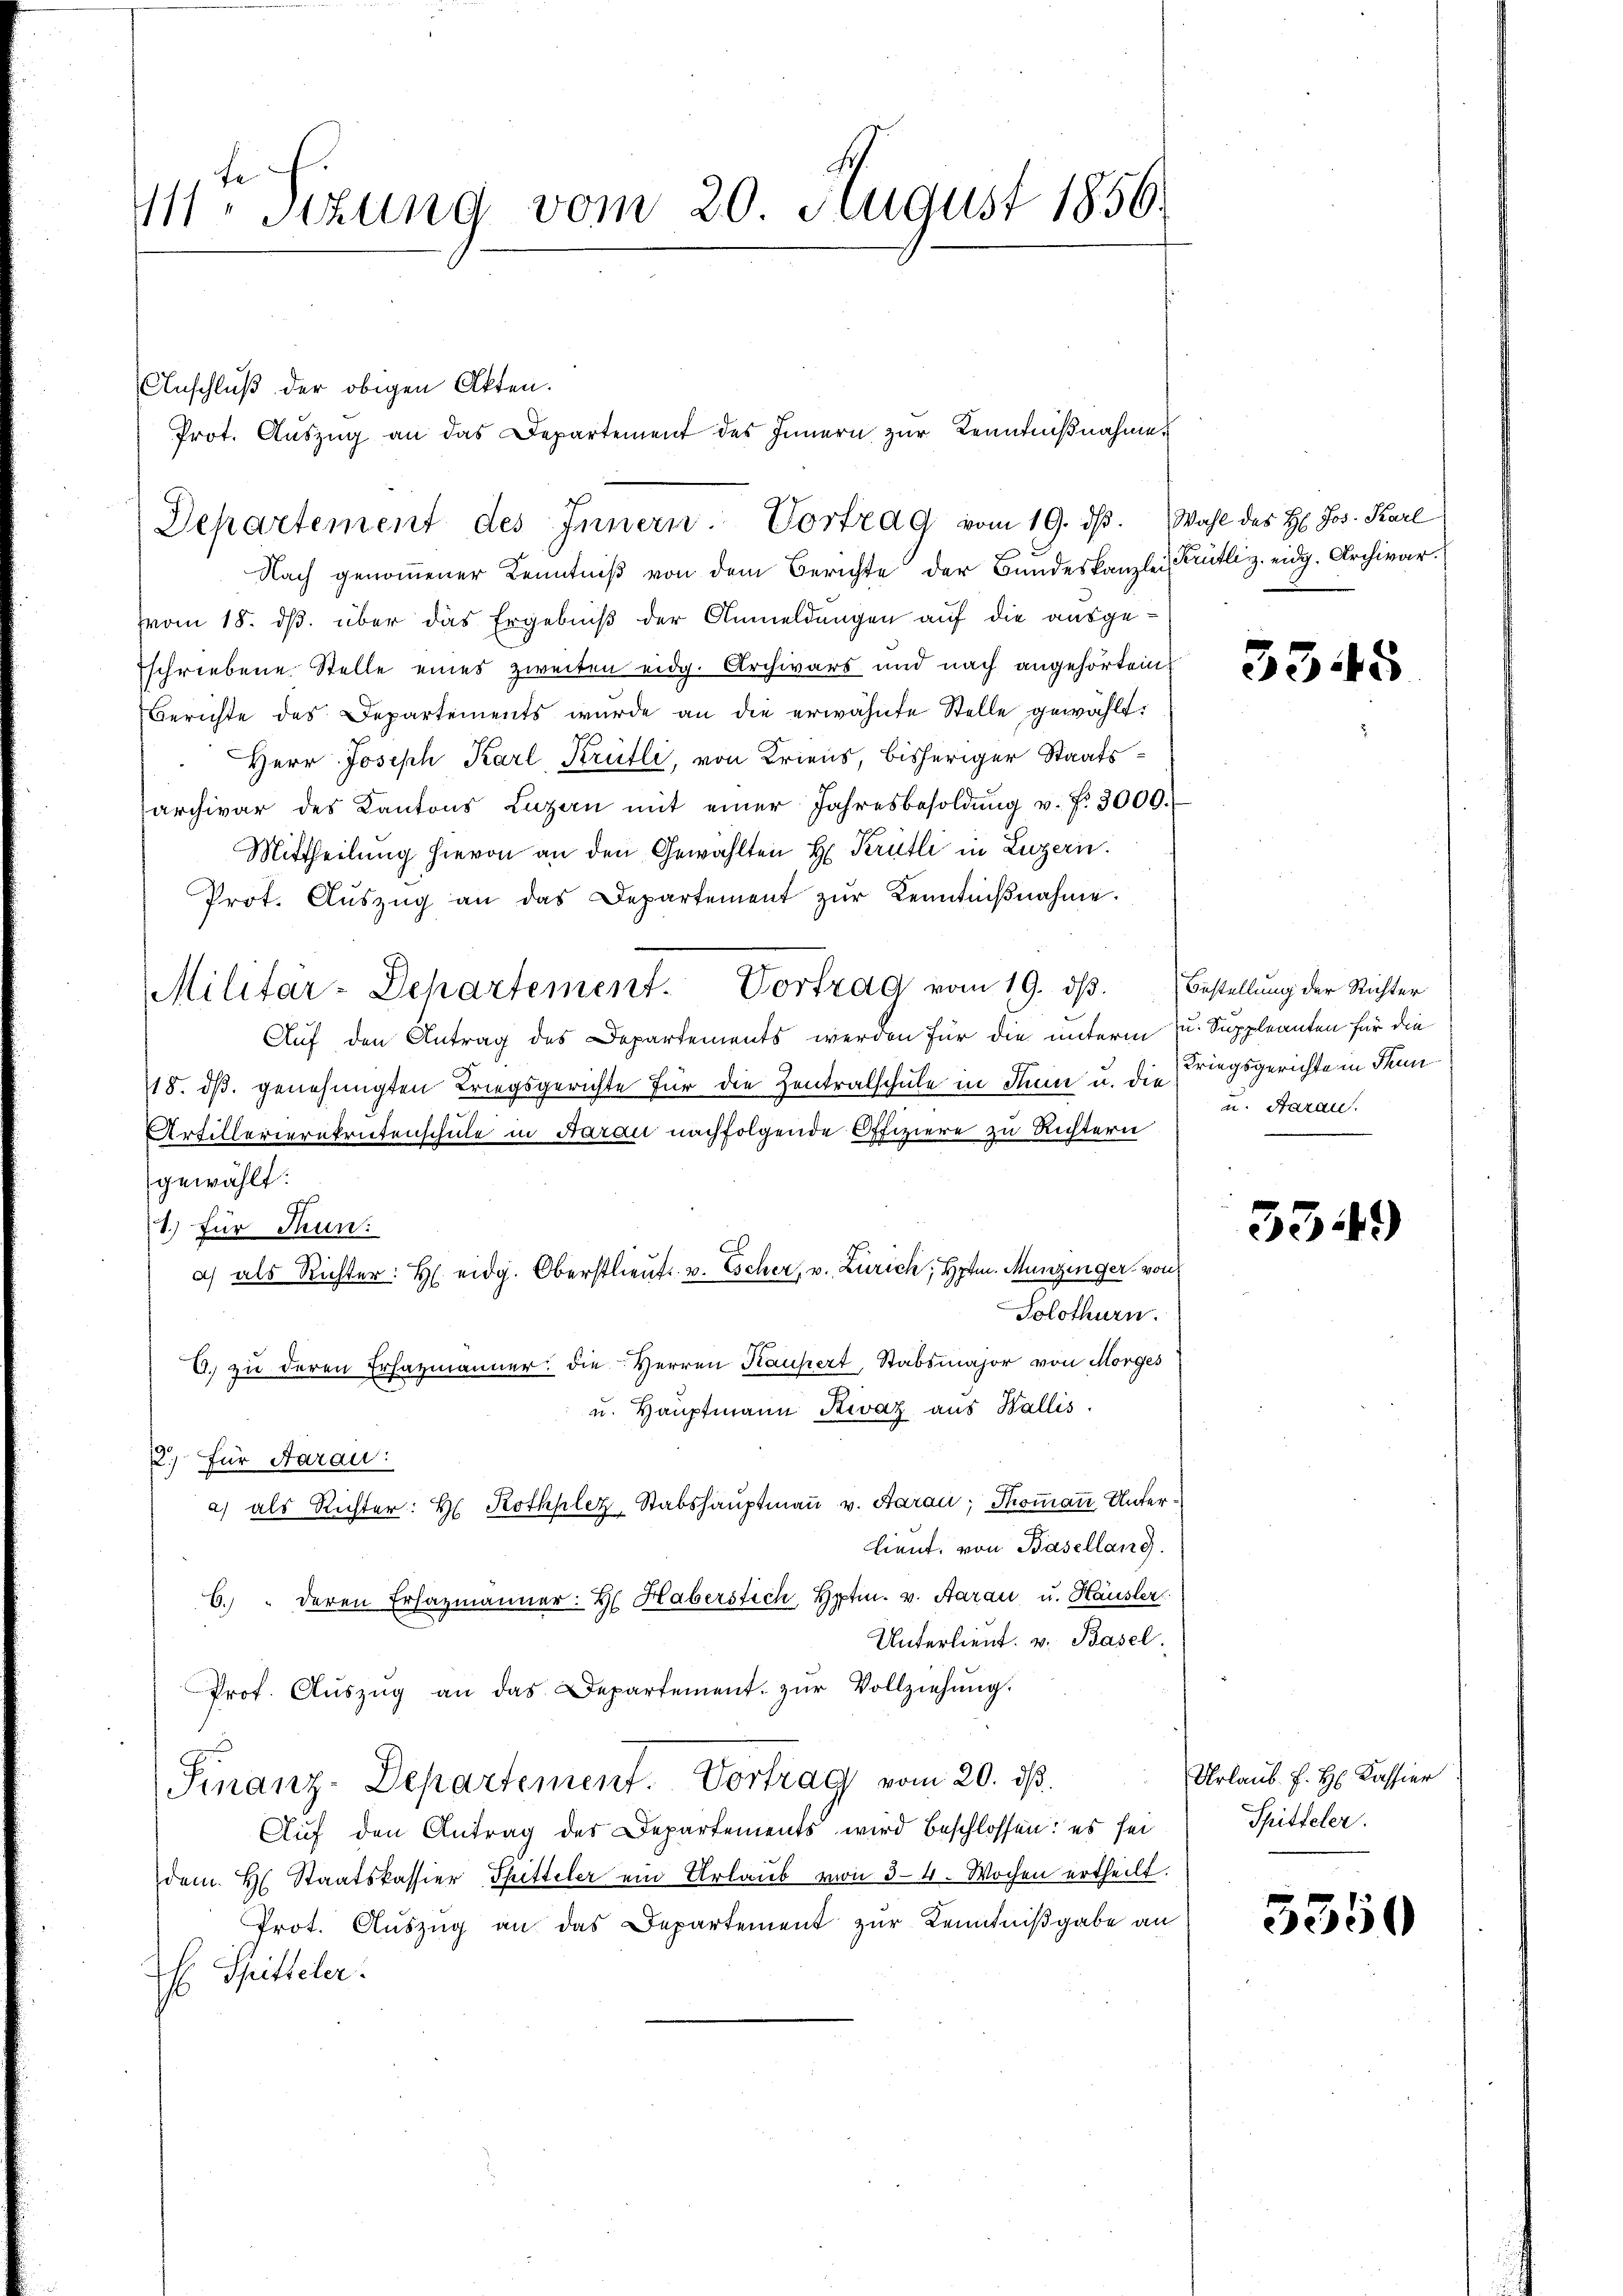
11ten Sizung vom 20. August 1856.

Anschluß der obigen Akten.
Nach genommener Kenntniß von dem Berichte der Bundeskanzlei Krütliz. eidg. Archivar.
vom 18. ds. über das Ergebniß der Anmeldungen auf die ausgesschriebene Stelle eines zweiten eidg. Archivars und nach angehörten
Berichte des Departements wurde an die erwähnte Stelle gewählt:
Herr Joseph Karl Krütli, von Kriens, bisheriger Staatsarchivar des Kantons Luzern mit einer Jahresbesoldŭng v. f. 3000.
Mittheilung hievon an den Gewählten H. Krütli in Luzern.
Prot. Aŭszŭg an das Departement zŭr Kenntniβnahme.
Militar-Departement. Vortrag vom 19. dβ.
Auf den Antrag des Departements werden für die unterm u. Suppleanten für die
18. dβ. genehmigten Kriegsgerichte für die Zentralschule in Stum u. die Kriegsgerichte in denn
Artillerierekrutenschule in Aarau nachfolgende Offiziere zu Richtern
gewählt:
1.) für Thun:
a) als Richter: H. eidg. Oberstlieut. v. Escher, v. Zürich; Hptm. Munzinger, von
Solothurn.
6. zu deren Erfazmänner die Herren Kaufert, Stabsmajor von Morges
u. Hauptmann Swaz aus Wallis.
2.) Für Aarau:
a) als Richter: H. Rothplez, Stabshauptmaṅ v. Aarau, Thoman Unterlieut. von Basellang.
6.) " deren Ersazmänner. H. Haberstich, Hptm. v. Aarau u. Häusler
Unterlieut. v. Basel.
Prof. Aŭszŭg an das Departement. zŭr Vollziehŭng.
Finanz-Departement. Vortrag vom 20. ds.
Auf den Antrag der Departements wird beschlossen: es sei
dem H. Staatskassier-Spitteler ein Urlaub von 3–4 Wochen ertheilt.
Prot. Auszug an das Departement zur Kenntnißgabe an
 Spitteler.

Departement des Innern Vortrag vom 19. dβ. Wahl des H. Jos. Karl

Prot. Auszug an das Departement des Innern zur Kenntnißnahme

3345

Bestellung der Richter
u. Haran.

3349

Urlaub. E. H. Kassier
Spitteler.

5550